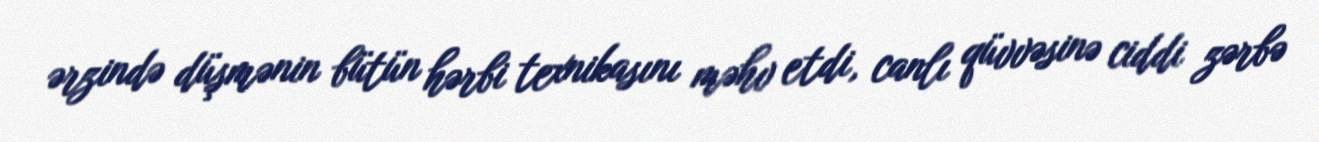
ərzində düşmənin bütün hərbi texnikasını məhv etdi, canlı qüvvəsinə ciddi zərbə